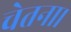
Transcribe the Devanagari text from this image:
चेतना।